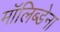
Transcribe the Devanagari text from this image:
मॉलिब्डेना